Vital statistics of India. Vol. V, Reports of 1876 on armies & jails and on epidemic cholera
Year: 1876
Disease focus: Cholera
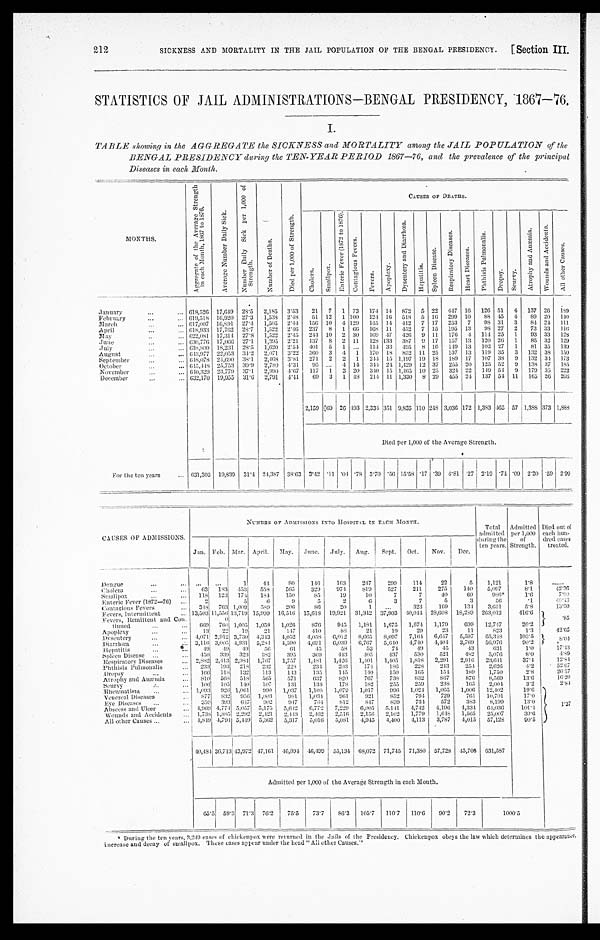
SICKNESS AND MORTALITY IN THE JAIL POPULATION OF THE BENGAL PRESIDENCY.
[Section III.
STATISTICS OF JAIL ADMINISTRATIONS—BENGAL PRESIDENCY, 1867—76.
I.
TABLE showing in the AGGREGATE the SICKNESS and MOR TALITY among the JAIL POPULATION of the
BENGAL PRESIDENCY during the TEN-YEAR PERIOD 1867—76, and the prevalence of the principal
Diseases in each Month.
MONTHS.
A g g r e g a t e o f t h e A v e r a g e S t r e n g t h i n e a c h M o n t h , 1 8 6 7 t o 1 8 7 6 .
A v e r a g e N u m b e r D a i l y S i c k .
N u m b e r D a i l y S i c k p e r 1 , 0 0 0 o f S t r e n g t h .
N u m b e r o f D e a t h s .
D i e d p e r 1 , 0 0 0 o f S t r e n g t h .
C A U S E S O F D E A T H S .
C h o l e r a .
S m a l l p o x .
E n t e r i c F e v e r ( 1 8 7 2 t o 1 8 7 6 ) .
C o n t a g i o u s F e v e r s .
F e v e r s .
A p o p l e x y .
D y s e n t e r y a n d D i a r r h œ a .
H e p a t i t i s . S p l e e n D i s e a s e .
R e s p i r a t o r y D i s e a s e s .
H e a r t D i s e a s e s .
P h t h i s i s P u l m o n a l i s .
D r o p s y .
S c u r v y .
A t r o p h y a n d A n æ m i a . W o u n d s a n d A c c i d e n t s .
A l l o t h e r C a u s e s .
January
...
... 618,526 17,649 28.5 2,185 3.53
21 7 1 73 174 14 872 5 22
4 4 7 16 126 51 4 137 26 189
February
...
... 619,518 16,920 27.3
1 , 5 3 8 2.48
51 12 1 100 124 16 518 5 16 299 10
88 45 4
89
2 0
1 4 0
March
. . .
...
6 1 7 , 0 0 7
1 6 , 8 9 1
27.4 1,505 2.44 156 10 4 129 145 14 412 7 17 253 7
9 8 31 3
84 24
1 1 1
April
. . .
...
6 1 8 , 9 3 3
1 7 , 7 6 2
28.7 1,522 2.46 237 8 1
6 6
1 6 8 11 452 7 15 195 13
9 8 27 2
73 33
1 1 6
May
. .
...
6 2 2 , 0 8 1
1 7 , 3 1 4
27.8
1 , 5 2 2
2.45
2 4 4 10 2 30 169 47 426 9 11 176
4 114 25 1
93 33 128
June
. . .
. . . 630,776
1 7 , 0 6 6 27.1
1 , 3 9 5 2.21 137 8 2 11 128
1 3 3 387 9 17
1 5 7
1 3 120 26 1
85 32 129
July
. . .
...
6 3 8 , 8 0 0
1 8 , 2 3 1 28.5 1,620 2.54
4 0 1 5 1
. . . 114 33 495 8 16 149 13 102 27 1
81 35
1 3 9
August
. . .
. . .
6 4 3 , 9 7 7
2 2 , 0 5 3
34.2 2,071 3.22 360 3
4 1 170 18
8 5 2 11 25 137 13 119 35 3 132 38 150
September
...
...
6 4 8 , 0 7 8 24,690
38. 1
2 , 4 6 8
3.81 271 2 2 1 244 15 1,197 19 18 189 17 107 38 9 132 34 173
October
. . .
. . .
6 4 5 , 4 4 8 25,753 39.9
2 , 7 8 0
4. 31
95 ...
4 14
3 4 4
2 4 1,429
1 2 37 255 20 125 52 9 138 37 185
November
...
...
6 4 0 , 3 2 9 23,779
37. 1
2 , 9 9 0
4.67
1 1 7 1 3 20
3 4 0 15 1,465 10 25
3 2 4 22 149 54 9 179 35 222
December
. . . ...
6 3 2 , 1 7 0 19,955
31.6
2 , 7 9 1
4.41
6 9 3 1
4 8
2 1 4 11 1,330 8 29 455 24 137 54 11 165 26
2 0 6
2,159
6 9 26
4 9 3 2,334
3 5 1 9,835 110 248 3,036 172 1,383 465 57 1,388 373 1,888
Died per 1,000 of the Average Strength.
For the ten years
... 631,303 19,839 31.4 24,387
38.63
3 . 4 2
. 1 1 . 04
. 7 8
3 . 7 0
. 5 6 15.58
. 1 7 .39
4 . 8 1
. 2 7
2. 19
.74
. 0 9 2.20
. 5 9
2 . 9 9
CAUSES OF ADMISSIONS.
NUMBER OF ADMISSIONS INTO HOSPITAL IN EACH MONTH.
Total
admitted
during the
ten years.
Admitted
per 1,000
of
Strength. Di e d o u t o f e a c h h u n d r e d c a s e s t r e a t e d .
Jan. Feb. Mar. April. May. June. July. Aug.
Sept. Oct.
Nov.
Dec.
Dengue
...
. . .
...
...
1
4 4
80
146
163
2 4 7
299
114
22
5
1,121
1.8
. . . . . .
Cholera
. . .
. . .
6 3 183 453
558
565
329
9 7 4
819
527
211
275
1 4 0
5 , 0 9 7
8 . 1
4 2 . 3 6
Smallpox
...
...
118 123 174
184
150
85
19
10
7
7
40
6 9
9 8 6
‫٭‬
1 . 6
7 . 0 0
Enteric Fever (1872—76)
. . .
2
5
6
9
5
2
6
3
7
5
3
56
. 1
4 6 . 4 3
Contagious Fevers
...
3 4 8 763
1 , 0 0 9
5 8 9
206
86
2 0
1
. . .
323
1 6 9
134
3,651
5 . 8
1 3 . 5 0
Fevers, Intermittent
... 13,503 11,556 13,719
1 5 , 9 9 9 16,516 15,618 19,921 31,342 37,903
4 0 , 0 4 4 28,608
1 8 , 2 8 9 263,012
4 1 6 . 6
. 8 5
Fevers, Remittent and Con .
tinued
...
...
6 6 9
0
760 1,005
1 , 0 5 8
1 , 0 2 6
8 7 6
945
1,181
1 , 6 7 5 1,674 1,179
699
12,747
2 0 . 2
Apoplexy
. . .
. . .
13
22
19
2 1
1 4 7
410
88
21
1 9
2 9
23
11
823
1 . 3
4 2 . 6 5
Dysentery
. . .
...
4 , 0 7 1 2,912
3 , 7 3 0
4 , 3 4 3 4,052
4,058
6,012
8 , 6 6 5
8 , 0 9 7 7,164
6 , 6 4 7
5 , 5 9 7 65,348
1 0 3 . 5 8.04
Diarrhœa
. . .
. . .
3 , 1 1 6 3,005
4 , 9 3 1
5 , 2 8 4 4,590 4,691
6 , 0 3 9
6 , 7 6 7
5 , 6 4 0 4,740
4 , 4 0 4
3 , 7 6 9
5 6 , 9 7 6
9 0 . 2
Hepatitis
. . .
. . .
4 9
4 9
4 9
56
61
45
5 8
53
74
49
45
4 3
6 3 1
1 . 0
1 7 . 4 3
Spleen Disease ...
...
450 339
3 2 3
3 8 2
395
369
4 4 3
405
4 3 7
530
521
4 8 2
5,076
8 . 0
4 . 8 9
Respiratory Diseases
. . . 2,882 2,413
2 , 9 8 4
1 , 7 6 7 1,757
1 , 4 8 1
1 , 4 2 6
1 , 4 0 1 1,405
1,818 2,291
2 , 9 1 6
2 3 , 6 4 1
3 7 . 4
1 2 . 8 4
Phthisis Pulmonalis
...
2 3 3 193
2 1 8
232
228
2 3 4
2 0 3
1 7 4
186
228
243
254
2 , 6 2 6
4 . 2
5 2 . 6 7
Dropsy
...
...
1 6 6 118 132
113
1 4 3
135
1 4 5
1 4 0
150
165
1 5 4
1 8 9
1,750
2 . 8
2 6 . 5 7
Atrophy and Anæmia
...
810
5 6 8 518
565
571
6 3 7
8 2 0
7 6 7
738
832
8 6 7
8 7 6
8,569
1 3 . 6
1 6 . 2 0
Scurvy
. . .
. . .
1 0 6 105
1 4 0 107
131
1 3 8
178
182
255
2 5 9
238
1 6 5
2 , 0 0 4
3 . 2
2 . 8 4
Rheumatism
...
...
1 , 0 9 3 926
1 , 0 6 1
9 9 0 1,037
1,108
1,079
1,017
996 1,024 1,065
1,006
1 2 , 4 0 2
1 9 . 6
1 . 3 7
Venereal Diseases
. . .
8 7 7 832
9 5 6
1 , 0 0 3
9 8 1
1 , 0 3 4
9 6 1
921
852
794
729
761
10,701
1 7 . 0
E y e D i s e a s e s
...
. . .
3 5 9 393
6 4 7
902
9 4 7
7 6 4
812
8 4 7
8 3 9
734
572
383
8 , 1 9 9
1 3 . 0
Abscess and Ulcer
...
4 , 9 6 9
4 , 7 7 4 5,057 5,175
5 , 6 4 2 6,772
7,229
6,005
5 , 1 4 1 4,742
4 , 1 9 6
4 , 3 3 4
6 4 , 0 3 6
1 0 1 . 4
W o u n d s a n d A c c i d e n t s
. . .
1 , 7 3 8 1,885
2 , 2 9 2
2 , 4 2 1
2 , 4 4 3
2 , 4 6 2
2 , 5 1 6 2,156
2 , 1 0 2
1 , 7 7 9
1 , 6 4 8
1 , 5 6 5
2 5 , 0 0 7
3 9 . 6
All other Causes
. . .
. . .
4 , 8 4 9 4,794
5 , 4 4 9
5 , 3 6 2 5,317
5,016
5 , 0 8 1
4 , 9 4 5 4,400
4 , 1 1 3 3,787
4 , 0 1 5
5 7 , 1 2 8
9 0 . 5
4 0 , 4 8 4
3 6 , 7 1 3
4 3 , 9 7 2 47,161
4 6 , 9 9 4
4 6 , 4 9 9 55,134 68,072 71,745 71,380 57,728
4 5 , 7 0 5 631,587
Admitted per 1,000 of the Average Strength in each Month.
6 5 . 5
5 9 . 3
7 1 . 3
7 6 . 2
7 5 . 5
7 3 . 7
8 6 . 3
1 0 5 . 7
1 1 0 . 7
1 1 0 . 6
9 0 . 2
7 2 . 3
1 0 0 0 . 5
‫٭‬ During the ten years, 3,249 cases of chickenpox were returned in the Jails of the Presidency. Chickenpox obeys the law which determines the appearance,
increase and decay of smallpox. These cases appear under the head " All other Causes."